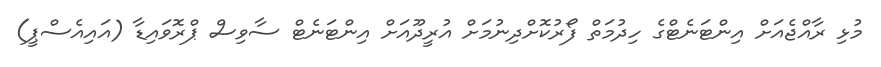
މުޅި ރާއްޖެއަށް އިންޓަނެޓްގެ ހިދުމަތް ފޯރުކޮށްދިނުމަށް އުރީދޫއަށް އިންޓަނެޓް ސާވިސް ޕްރޮވައިޑާ (އައިއެސްޕީ)